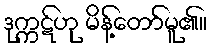
ဒုက္ကဋ်ဟု မိန့်တော်မူ၏။